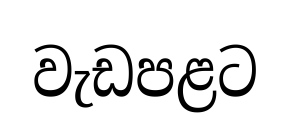
වැඩපළට